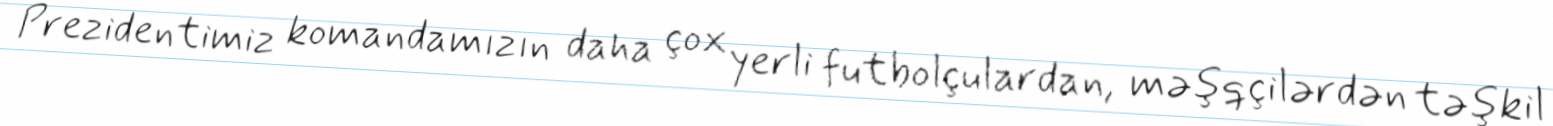
Prezidentimiz komandamızın daha çox yerli futbolçulardan, məşqçilərdən təşkil